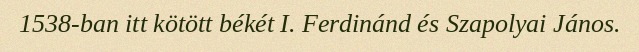
1538-ban itt kötött békét I. Ferdinánd és Szapolyai János.